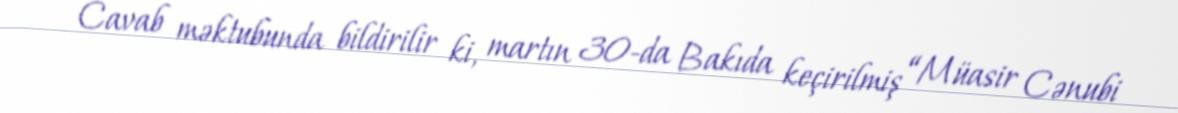
Cavab məktubunda bildirilir ki, martın 30-da Bakıda keçirilmiş “Müasir Cənubi